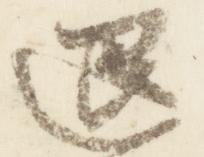
退